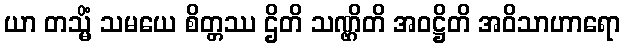
ယာ တသ္မိံ သမယေ စိတ္တဿ ဌိတိ သဏ္ဌိတိ အဝဋ္ဌိတိ အဝိသာဟာရော